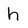
Character: h